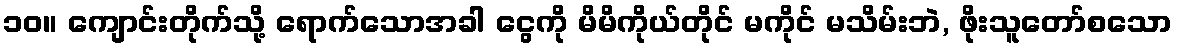
၁၀။ ကျောင်းတိုက်သို့ ရောက်သောအခါ ငွေကို မိမိကိုယ်တိုင် မကိုင် မသိမ်းဘဲ, ဖိုးသူတော်စသော